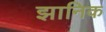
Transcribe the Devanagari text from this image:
झानिक